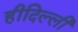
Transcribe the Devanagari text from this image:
हीदिल्ली